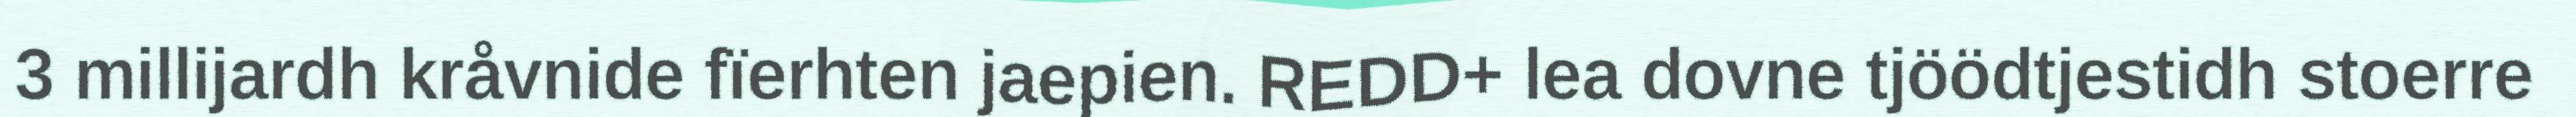
3 millijardh kråvnide fïerhten jaepien. REDD+ lea dovne tjöödtjestidh stoerre